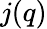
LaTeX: j(q)